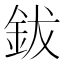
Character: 鈸